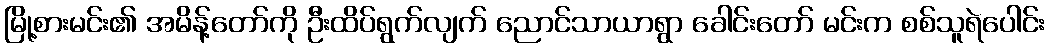
မြို့စားမင်း၏ အမိန့်တော်ကို ဦးထိပ်ရွက်လျက် ညောင်သာယာရွာ ခေါင်းတော် မင်းက စစ်သူရဲပေါင်း